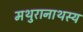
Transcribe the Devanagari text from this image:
मथुरानाथस्य